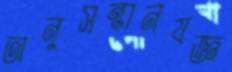
অনুসন্ধানযজ্ঞ